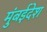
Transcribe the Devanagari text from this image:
मुंबईदेश